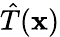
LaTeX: {\hat{T}}(\mathbf{x})